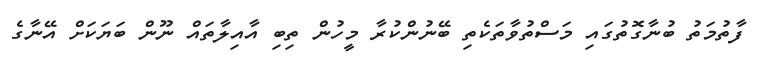
ފާތުމަތު ބުނާގޮތުގައި މަސްތުވާތަކެތި ބޭނުންކުރާ މީހުން ތިބި އާއިލާތައް ނޫން ބަޔަކަށް އޭނާގެ